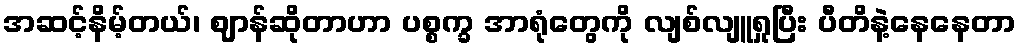
အဆင့်နိမ့်တယ်၊ ဈာန်ဆိုတာဟာ ပစ္စက္ခ အာရုံတွေကို လျစ်လျူရှုပြီး ပီတိနဲ့နေနေတာ